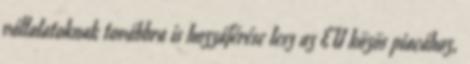
vállalatoknak továbbra is hozzáférése lesz az EU közös piacához,